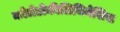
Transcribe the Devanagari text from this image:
कोलेडोकीलिथियेसिस